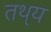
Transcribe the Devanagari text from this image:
तथ्‌य